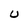
Character: U